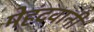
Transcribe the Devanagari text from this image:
मेहंदवानी